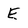
Character: E